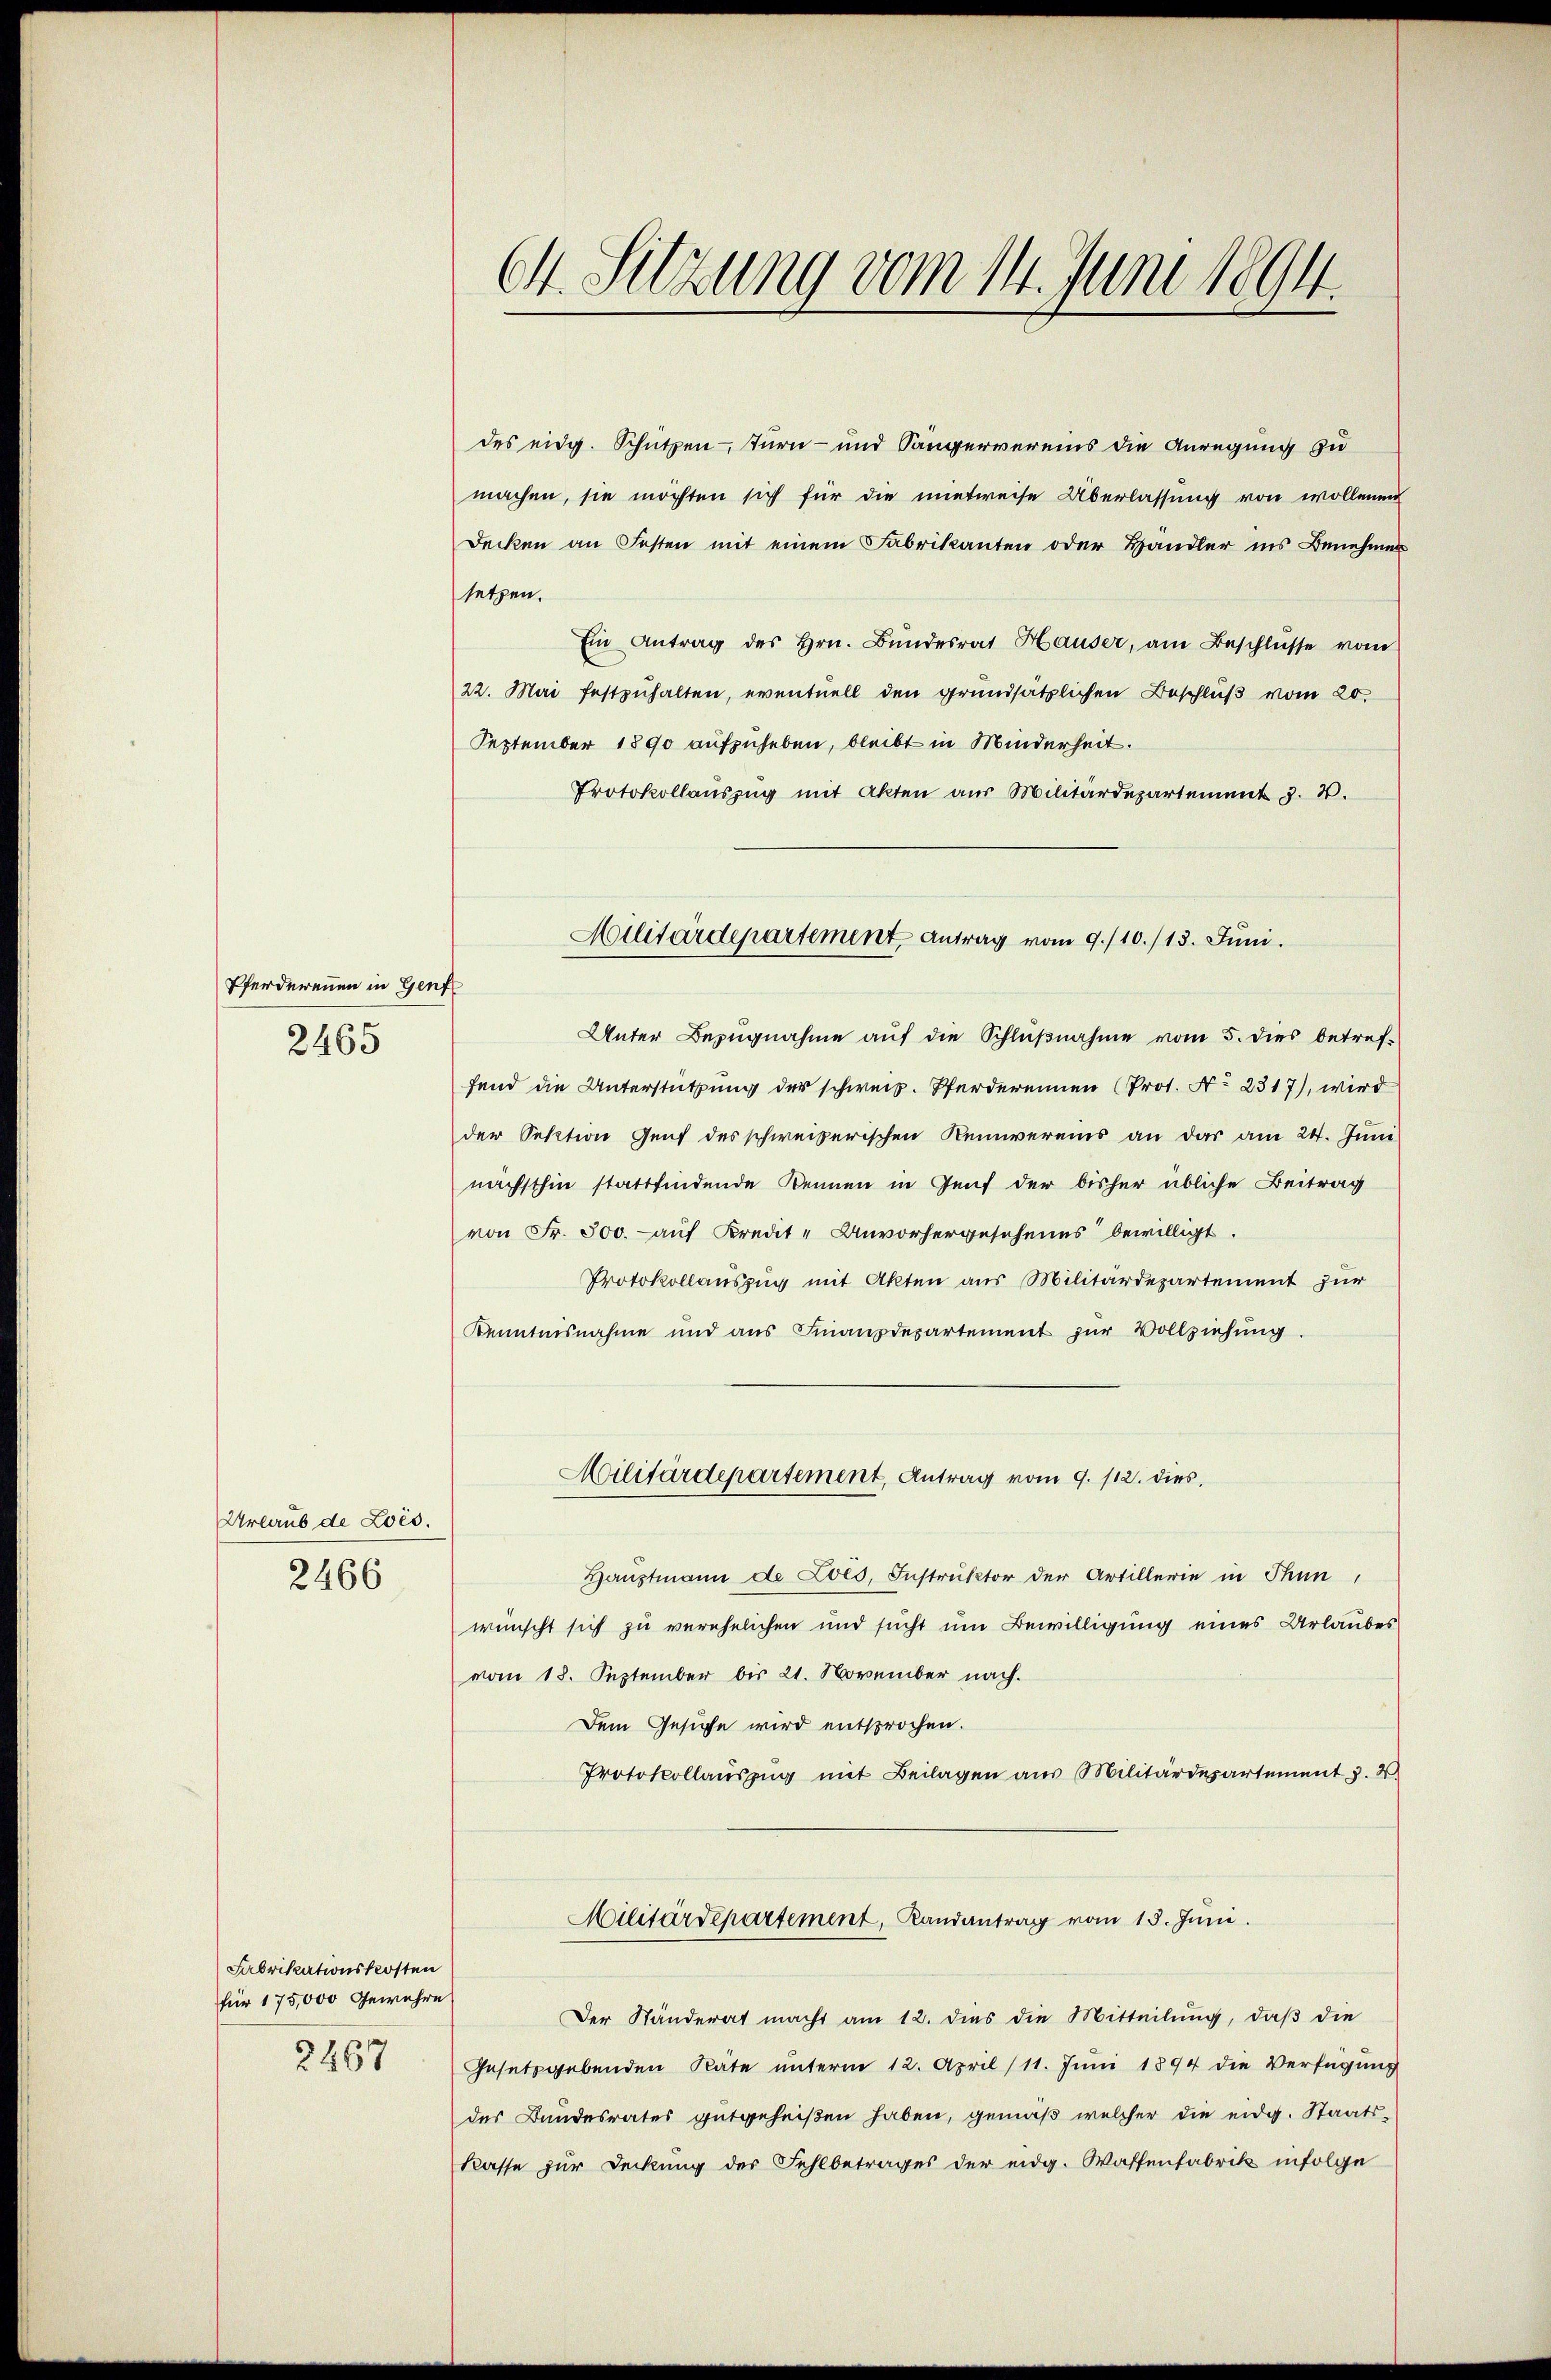
Pferderennen in Genf
2465

Urlaub de Lois.
2466

Fabrikationskosten
für 175,000 Gewehre
2267

Ch. Sitzung vom 14. Juni 1894.

des eidg. Schützen Turn- und Sängervereins die Anregung zu
machen, sie möchten sich für die mietweise Überlassung von wollenen
Decken an Festen mit einem Fabrikanten oder Handler ins Benehmen
setzen.
Ein Antrag des Hrn. Bŭndesrat Hauser, am Beschlŭsse vom
22. Mai festzuhalten, eventuell den grundsätzlichen Beschluß vom 20.
September 1890 aufzuheben, bleibt in Minderheit.
Protokollaŭszŭg mit Akten aus Militärdepartement J. 4.
Unter Bezugnahme auf die Schlußnahme vom 5. dies betreffend die Unterstützung der schweiz. Pferderennen (Prot. No 2317), wird
der Sektion Genf des schweizerischen Keinvereins an das am 24. Juni
nächsthin stattfindende Bennen in Genf der bisher übliche Beitrag
von Fr. 500. - auf Kredit-Anvorhergescheins bewilligt.
Protokollauszug mit Akten aus Militärdepartement zur
Kenntnisnahme und aŭs Finanzdepartement zŭr Vollziehŭng.
Militärdepartement, Antrag vom 9. 112. dies
Haŭptmann de Zols, Instruktor der Artillerie in Thun,
wünscht sich zu verehelichen und sucht um Bewilligung eines Urlaubes
vom 18. September bis 21. November nach.
Dem Gesuche wird entsprochen.
Protokollaŭszŭg mit Beilagen aus Militärdepartement v. 2
Militärdepartement, Landantrag vom 15. Juni.
Der Ständerat macht am 12. dies die Mitteilŭng, daβ die
Gesetzgebenden Räte ŭnterm 12. April (11. Jŭni 1894 die Verfügung
des Bandesrates gutgeheißen haben, gemäß welcher die eidg. Staats-
Kasse zur Deckung der Fehlbetrages der eidg. Waffenfabrik infolge

Militärdepartement antrag vom 9./10./13. Juni.